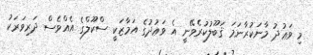
މި ވަޢުދު މާނަކުރާނަމަ ޤަބޫލުކުރެވޭނީ އެ ވަޢުދުގެ އަމާޒަކީ ސްކޫލްގެ އެއްވެސް ދަރިވަރަކު